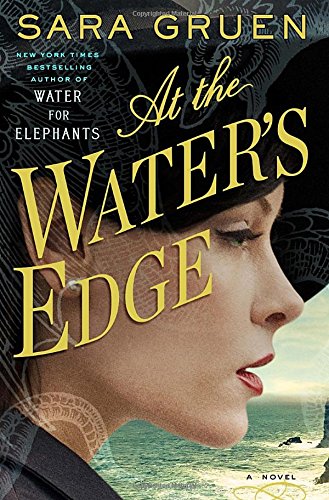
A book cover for At the Water's Edge: A Novel; Sara Gruen; Literature & Fiction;